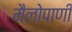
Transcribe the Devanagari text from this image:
मैलोपाणी